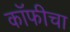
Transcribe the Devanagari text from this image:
कॉफीचा